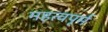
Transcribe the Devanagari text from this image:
महत्वपूर्म